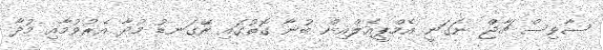
ސާވިސް ޗާޖް ނަގަނީ އެމްޕީއެލްއިން ބުނާ ގޮތުގައި ރޭގަނޑު މުދާ އެރުވުމާއި މުދާ